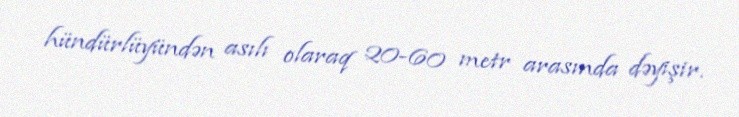
hündürlüyündən asılı olaraq 20-60 metr arasında dəyişir.